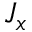
J _ { x }